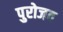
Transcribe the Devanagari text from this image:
पुरोजव